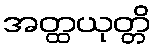
အတ္ထယုတ္တိ